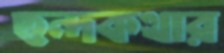
ছন্দকথার